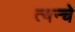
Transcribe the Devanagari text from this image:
त्यन्चे